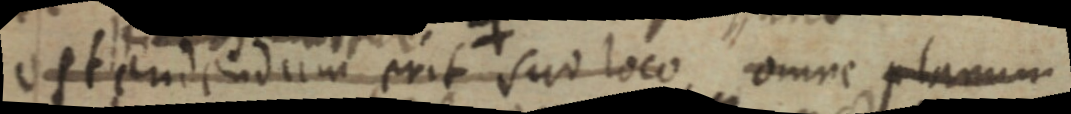
ostendendum erit suo loco omne planum